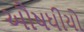
ઔષધીયો